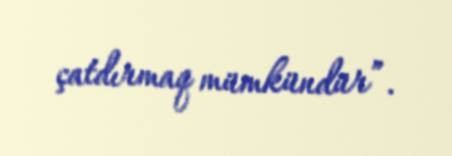
çatdırmaq mümkündür”.